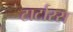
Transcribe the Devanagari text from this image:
टार्टारस